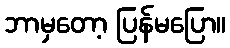
ဘာမှတော့ ပြန်မပြော။